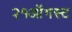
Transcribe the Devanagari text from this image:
२१ऑगस्ट